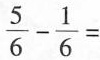
\frac{5}{6}- \frac{1}{6}=